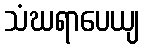
သံဃရာပေယျ